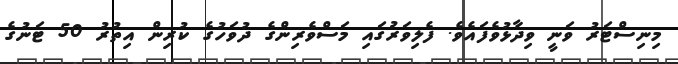
މިނިސްޓަރު ވަނީ ވިދާޅުވެފައެވެ. ފެލިވަރުގައި މަސްވެރިންގެ ދުވަހުގެ ކުރިން އިތުރު 50 ޓަނުގެ